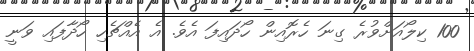
100 ކިލޯއަށްވުރެ ގިނަ ހެރޮއިން ހޯދައިފަ އެވެ. އެ އެއްޗެހި ހޯދާފައި ވަނީ